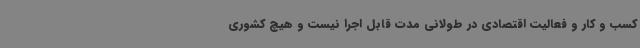
کسب و کار و فعالیت اقتصادی در طولانی مدت قابل اجرا نیست و هیچ کشوری